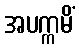
အပက္ကမိံ